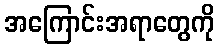
အကြောင်းအရာတွေကို